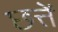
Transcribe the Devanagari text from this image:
छत्तें